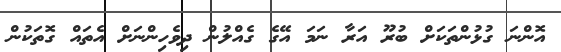
އޮންނަ ގުޅުންތަކަށް ބުރޫ އަރާ ނަމަ އޭގެ ގެއްލުން ދިވެހިންނަށް އެތައް ގޮތަކުން